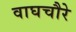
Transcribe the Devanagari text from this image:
वाघचौरे